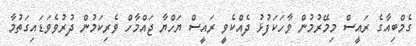
ގެމްބިއާގެ ރައީސް މިމޭރުމުން ވާހަކަފުޅު ދެއްކެވީ ރައީސް ޔަހްޔާ ޖައްމާހް ވެރިކަމުން ދުރުވެވަޑައިގަތުމާ